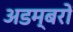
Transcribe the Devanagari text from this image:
अडम्बरों